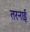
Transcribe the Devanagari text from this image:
तरनाई